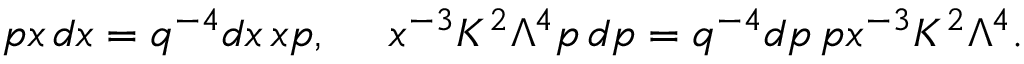
p x \, d x = q ^ { - 4 } d x \, x p , \ \ \ \ x ^ { - 3 } K ^ { 2 } \Lambda ^ { 4 } p \, d p = q ^ { - 4 } d p \, p x ^ { - 3 } K ^ { 2 } \Lambda ^ { 4 } .